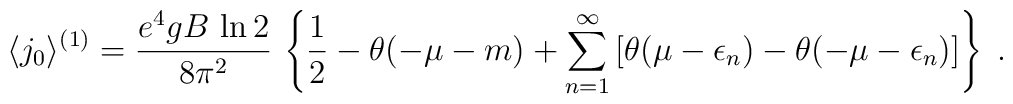
\langle j_0\rangle^{(1)}=\frac{e^4gB\,\ln 2}{8\pi^2}\,\left\{  \frac{1}{2}-\theta(-\mu-m)+\sum_{n=1}^{\infty}  \left[    \theta(\mu-\epsilon_n)-\theta(-\mu-\epsilon_n)  \right]\right\}  \; .